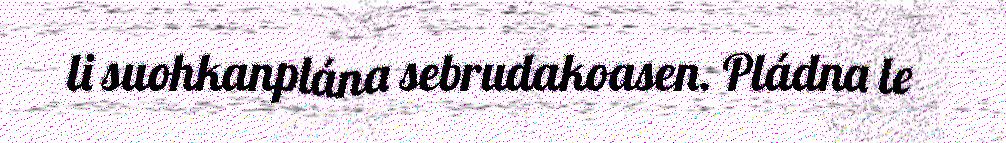
li suohkanplána sebrudakoasen. Pládna le